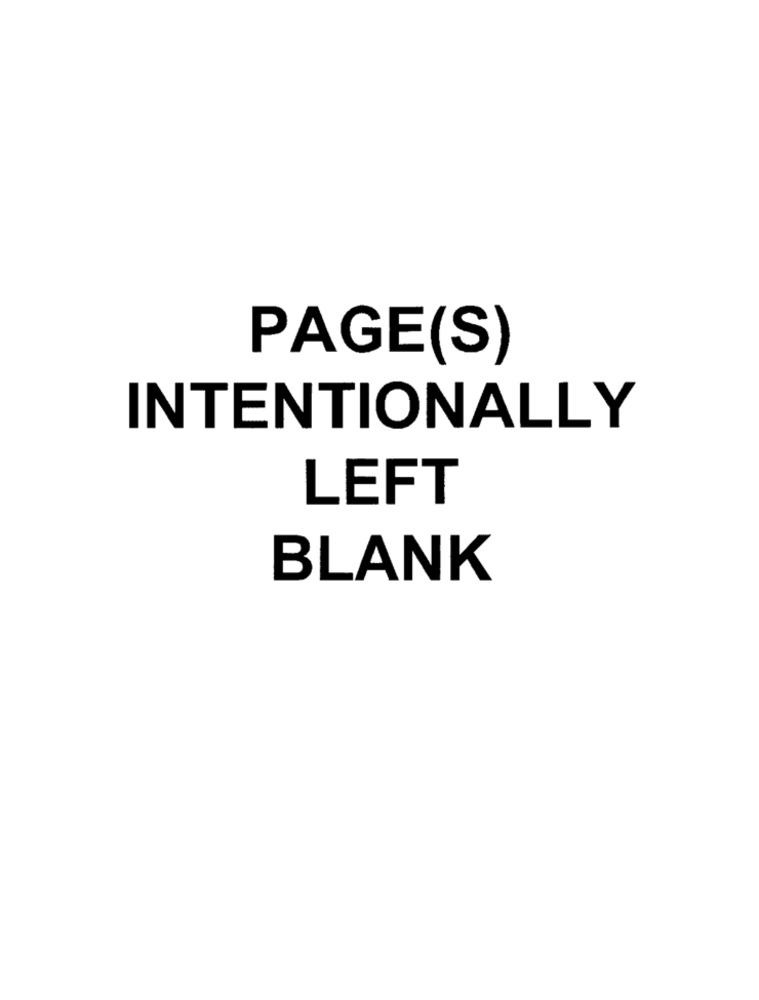
PAGE(S)
INTENTIONALLY
LEFT
BLANK